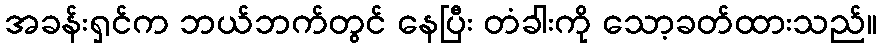
အခန်းရှင်က ဘယ်ဘက်တွင် နေပြီး တံခါးကို သော့ခတ်ထားသည်။